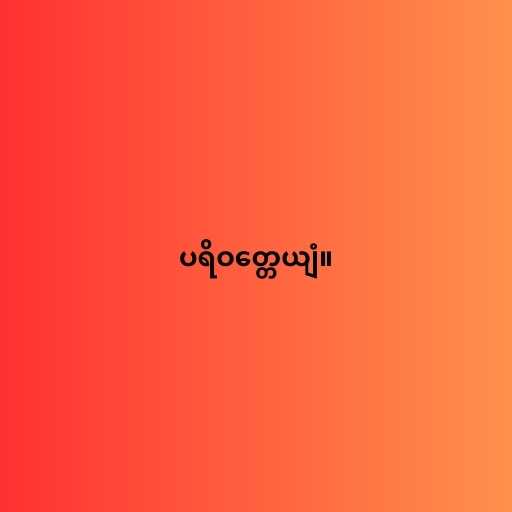
ပရိဝတ္တေယျံ။